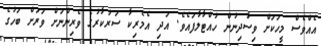
އެއްވެސް މީހަކަށް ވިސާދިނުން ހުއްޓާލާފައެވެ. އަދި އެމެރިކާ ސަރުކާރުގެ ވެރިންނަށް ވަރަށް ބަހުގެ